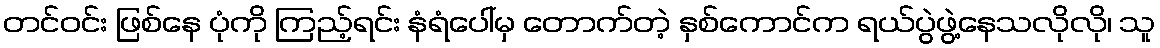
တင်ဝင်း ဖြစ်နေ ပုံကို ကြည့်ရင်း နံရံပေါ်မှ တောက်တဲ့ နှစ်ကောင်က ရယ်ပွဲဖွဲ့နေသလိုလို၊ သူ